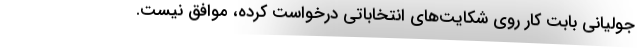
جولیانی بابت کار روی شکایت‌های انتخاباتی درخواست کرده، موافق نیست.